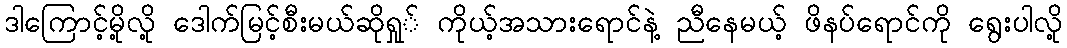
ဒါကြောင့်မို့လို့ ဒေါက်မြင့်စီးမယ်ဆိုရှု် ကိုယ့်အသားရောင်နဲ့ ညီနေမယ့် ဖိနပ်ရောင်ကို ရွေးပါလို့